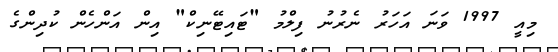
މިއީ 1997 ވަނަ އަހަރު ނެރުނު ފިލްމު "ޓައިޓޭނިކް" އިން އަންހެން ކުދިންގެ